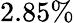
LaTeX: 2.85\%